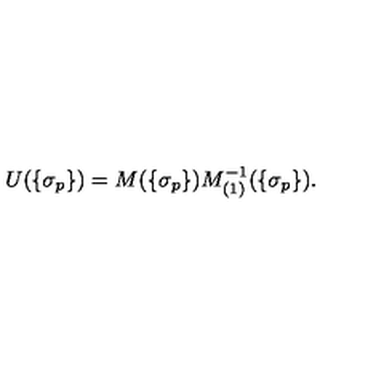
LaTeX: U ( \{ \sigma _ { p } \} ) = M ( \{ \sigma _ { p } \} ) M _ { ( 1 ) } ^ { - 1 } ( \{ \sigma _ { p } \} ) .